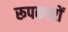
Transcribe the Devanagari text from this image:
रूपकारों